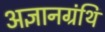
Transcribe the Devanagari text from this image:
अज्ञानग्रंथि